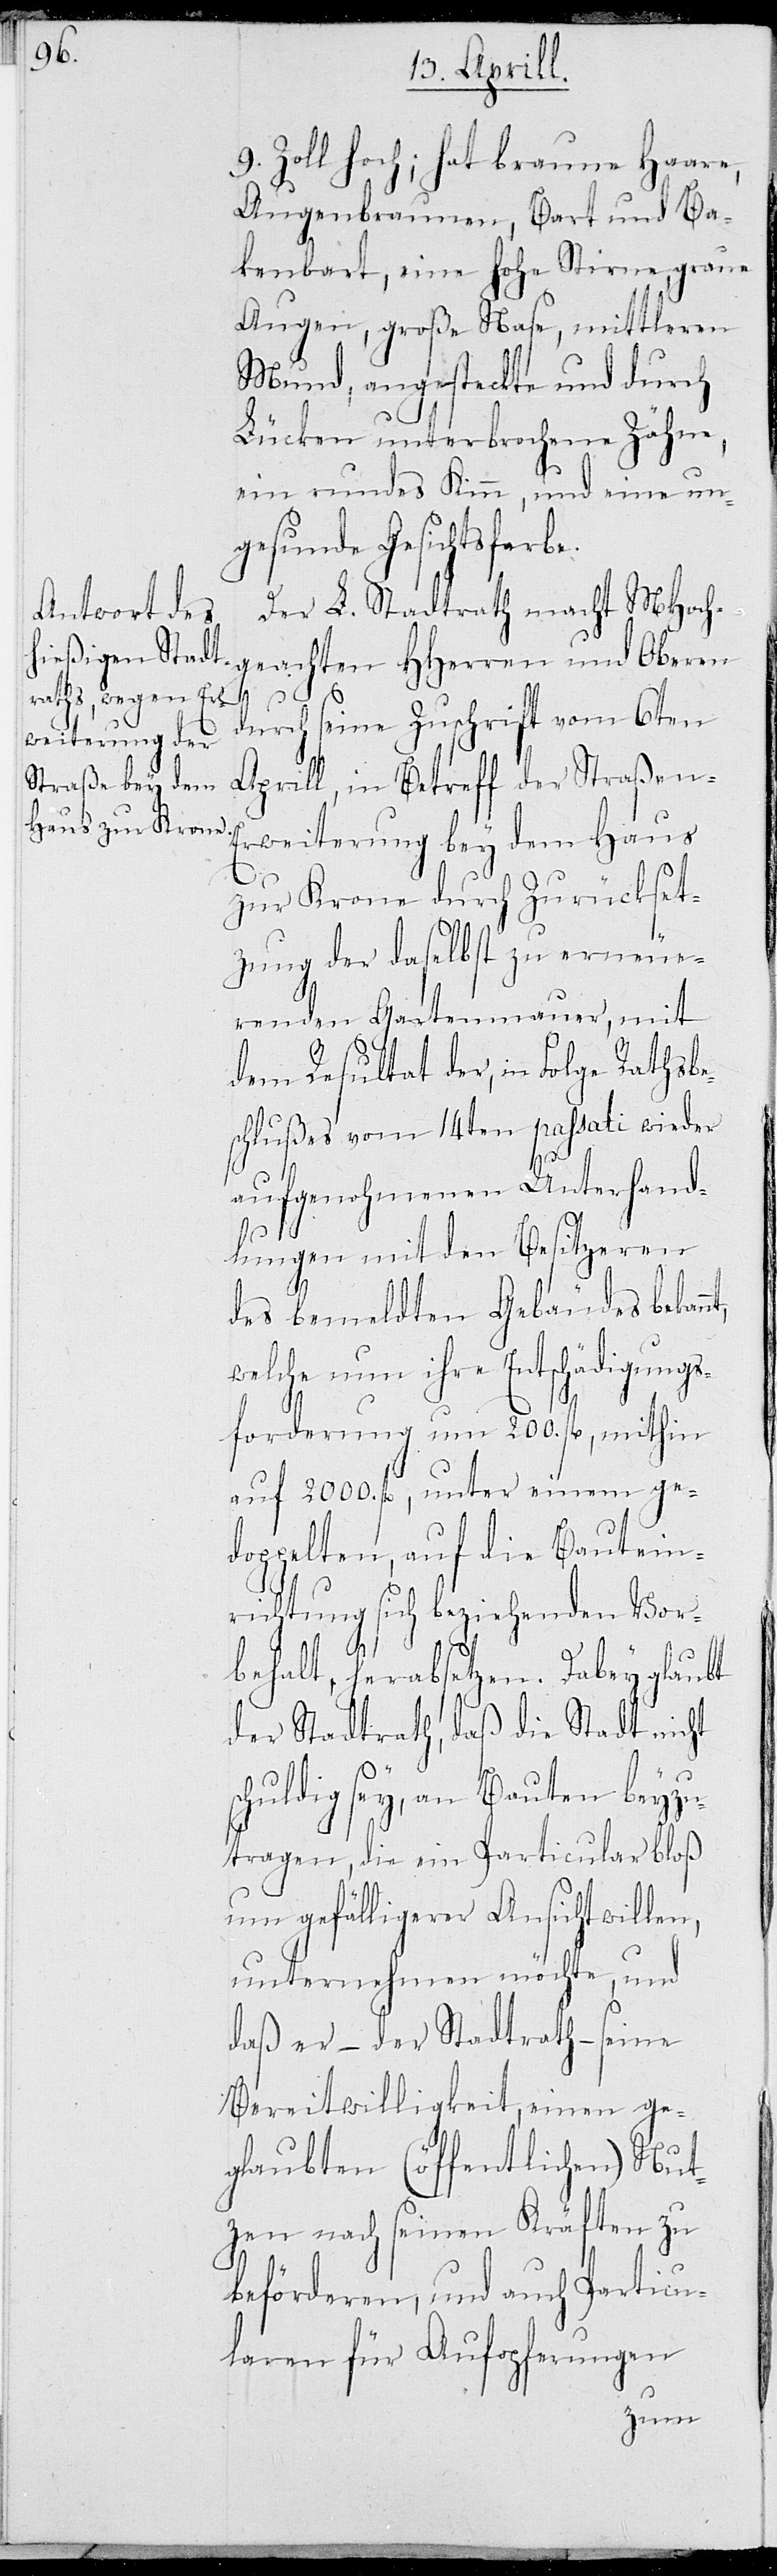
9 Zoll hoch; hat braune Haare,
Augenbraunen, Bart und Ba¬
kenbart, eine hohe Stirne, graue
Augen, große Nase, mittleren
Mund, angesteckte und durch
Lücken unterbrochene Zähne,
ein rundes Kinn, und eine un¬
gesunde Gesichtsfarbe.
Der L. Stadtrath macht MHoch¬
geachten HHerren und Oberen
s¬
durch eine Zuschrift vom 6ten
Aprill, in Betreff der Straßen-E¬
rweiterung bey dem Haus
zur Krone durch Zurückset¬
zung der daselbst zu erneue¬
renden Gartenmauer, mit
dem Resultat der, in Folge Rathsbe¬
schluß vom 14ten passati wieder
aufgenohmenen Unterhand¬
lungen mit den Besitzeren
des bemeldten Gebäudes bekan¬
welche nun ihre Entschädigungs¬
forderung um 200. fl, mithin
auf 2000. fl, unter einem ge¬
doppelten, auf die Bautein¬
richtung sich beziehenden Vor¬
behalt, herabsetzen. Dabey glaubt
der Stadtrath, daß die Stadt nicht
chuldig sey, an Bauten beyzu¬
tragen, die ein Particular bloß
um gefälligerer Ansicht willen,
unternehmen möchte, und
daß er – der Stadtrath – seine
Bereitwilligkeit, einen ge¬
glaubten (öffentlichen) Nut¬
zen nach seinen Kräften zu
beförderen, und auch Particu¬
laren für Aufopferungen